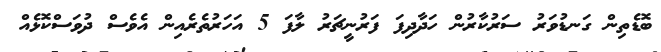
ބޮޑެތިން ގަނޑުވަރު ސަރުކާރުން ހަދާދިފަ ފަރުނީޗަރު ލާފަ 5 އަހަރުތެރެއިން އެވެސް ދުވަސްކޮޅެއް